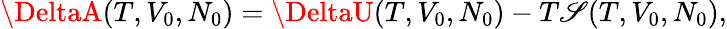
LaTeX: \DeltaA(T,V_{0},N_{0})=\DeltaU(T,V_{0},N_{0})-T\mathscr{S}(T,V_{0},N_{0}),